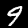
Digit: 9